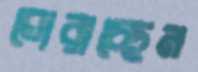
ঘোরাচ্ছেন